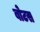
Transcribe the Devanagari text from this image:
बोटस